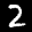
Label: 2